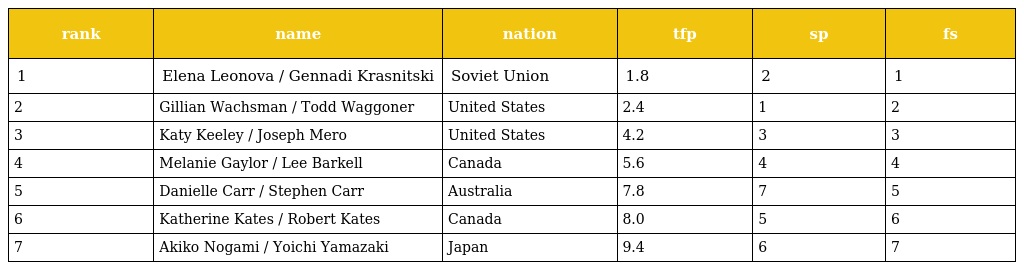
| rank | name | nation | tfp | sp | fs |
 | --- | --- | --- | --- | --- | --- |
 | 1 | Elena Leonova / Gennadi Krasnitski | Soviet Union | 1.8 | 2 | 1 |
 | 2 | Gillian Wachsman / Todd Waggoner | United States | 2.4 | 1 | 2 |
 | 3 | Katy Keeley / Joseph Mero | United States | 4.2 | 3 | 3 |
 | 4 | Melanie Gaylor / Lee Barkell | Canada | 5.6 | 4 | 4 |
 | 5 | Danielle Carr / Stephen Carr | Australia | 7.8 | 7 | 5 |
 | 6 | Katherine Kates / Robert Kates | Canada | 8.0 | 5 | 6 |
 | 7 | Akiko Nogami / Yoichi Yamazaki | Japan | 9.4 | 6 | 7 |